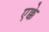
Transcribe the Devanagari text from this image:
एक्के